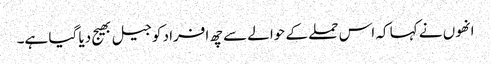
انھوں نے کہا کہ اس حملے کے حوالے سے چھ افراد کو جیل بھیج دیا گیا ہے۔